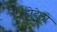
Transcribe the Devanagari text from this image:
होटेलों